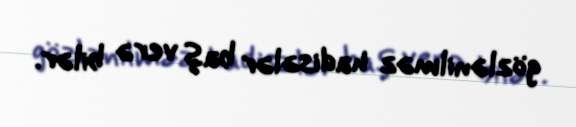
gözlənilməz hadisələr baş verə bilər.